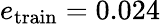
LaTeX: e_{\mathrm{train}}=0.024